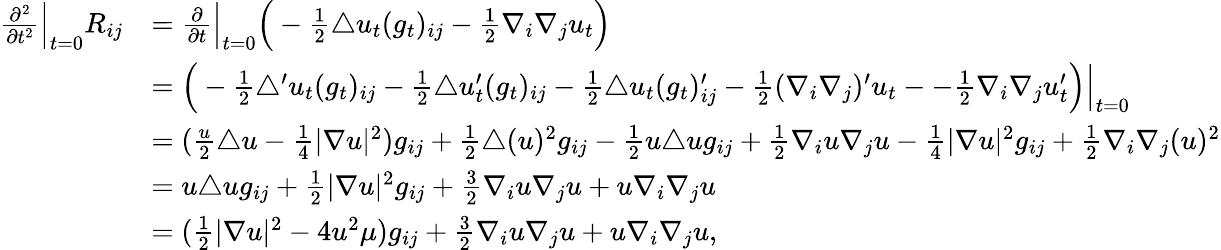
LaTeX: \begin{array}{rl}{\frac{\partial^{2}}{\partial t^{2}}\Big|_{t=0}R_{ij}}&{=\frac{\partial}{\partial t}\Big|_{t=0}\Big(-\frac{1}{2}\triangle u_{t}(g_{t})_{ij}-\frac{1}{2}\nabla_{i}\nabla_{j}u_{t}\Big)}\\ &{=\Big(-\frac{1}{2}\triangle^{\prime}u_{t}(g_{t})_{ij}-\frac{1}{2}\triangle u_{t}^{\prime}(g_{t})_{ij}-\frac{1}{2}\triangle u_{t}(g_{t})_{ij}^{\prime}-\frac{1}{2}(\nabla_{i}\nabla_{j})^{\prime}u_{t}--\frac{1}{2}\nabla_{i}\nabla_{j}u_{t}^{\prime}\Big)\Big|_{t=0}}\\ &{=(\frac{u}{2}\triangle u-\frac{1}{4}|\nabla u|^{2})g_{ij}+\frac{1}{2}\triangle(u)^{2}g_{ij}-\frac{1}{2}u\triangle ug_{ij}+\frac{1}{2}\nabla_{i}u\nabla_{j}u-\frac{1}{4}|\nabla u|^{2}g_{ij}+\frac{1}{2}\nabla_{i}\nabla_{j}(u)^{2}}\\ &{=u\triangle ug_{ij}+\frac{1}{2}|\nabla u|^{2}g_{ij}+\frac{3}{2}\nabla_{i}u\nabla_{j}u+u\nabla_{i}\nabla_{j}u}\\ &{=(\frac{1}{2}|\nabla u|^{2}-4u^{2}\mu)g_{ij}+\frac{3}{2}\nabla_{i}u\nabla_{j}u+u\nabla_{i}\nabla_{j}u,}\end{array}